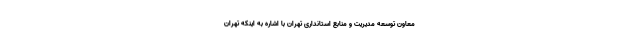
معاون توسعه مدیریت و منابع استانداری تهران با اشاره به اینکه تهران